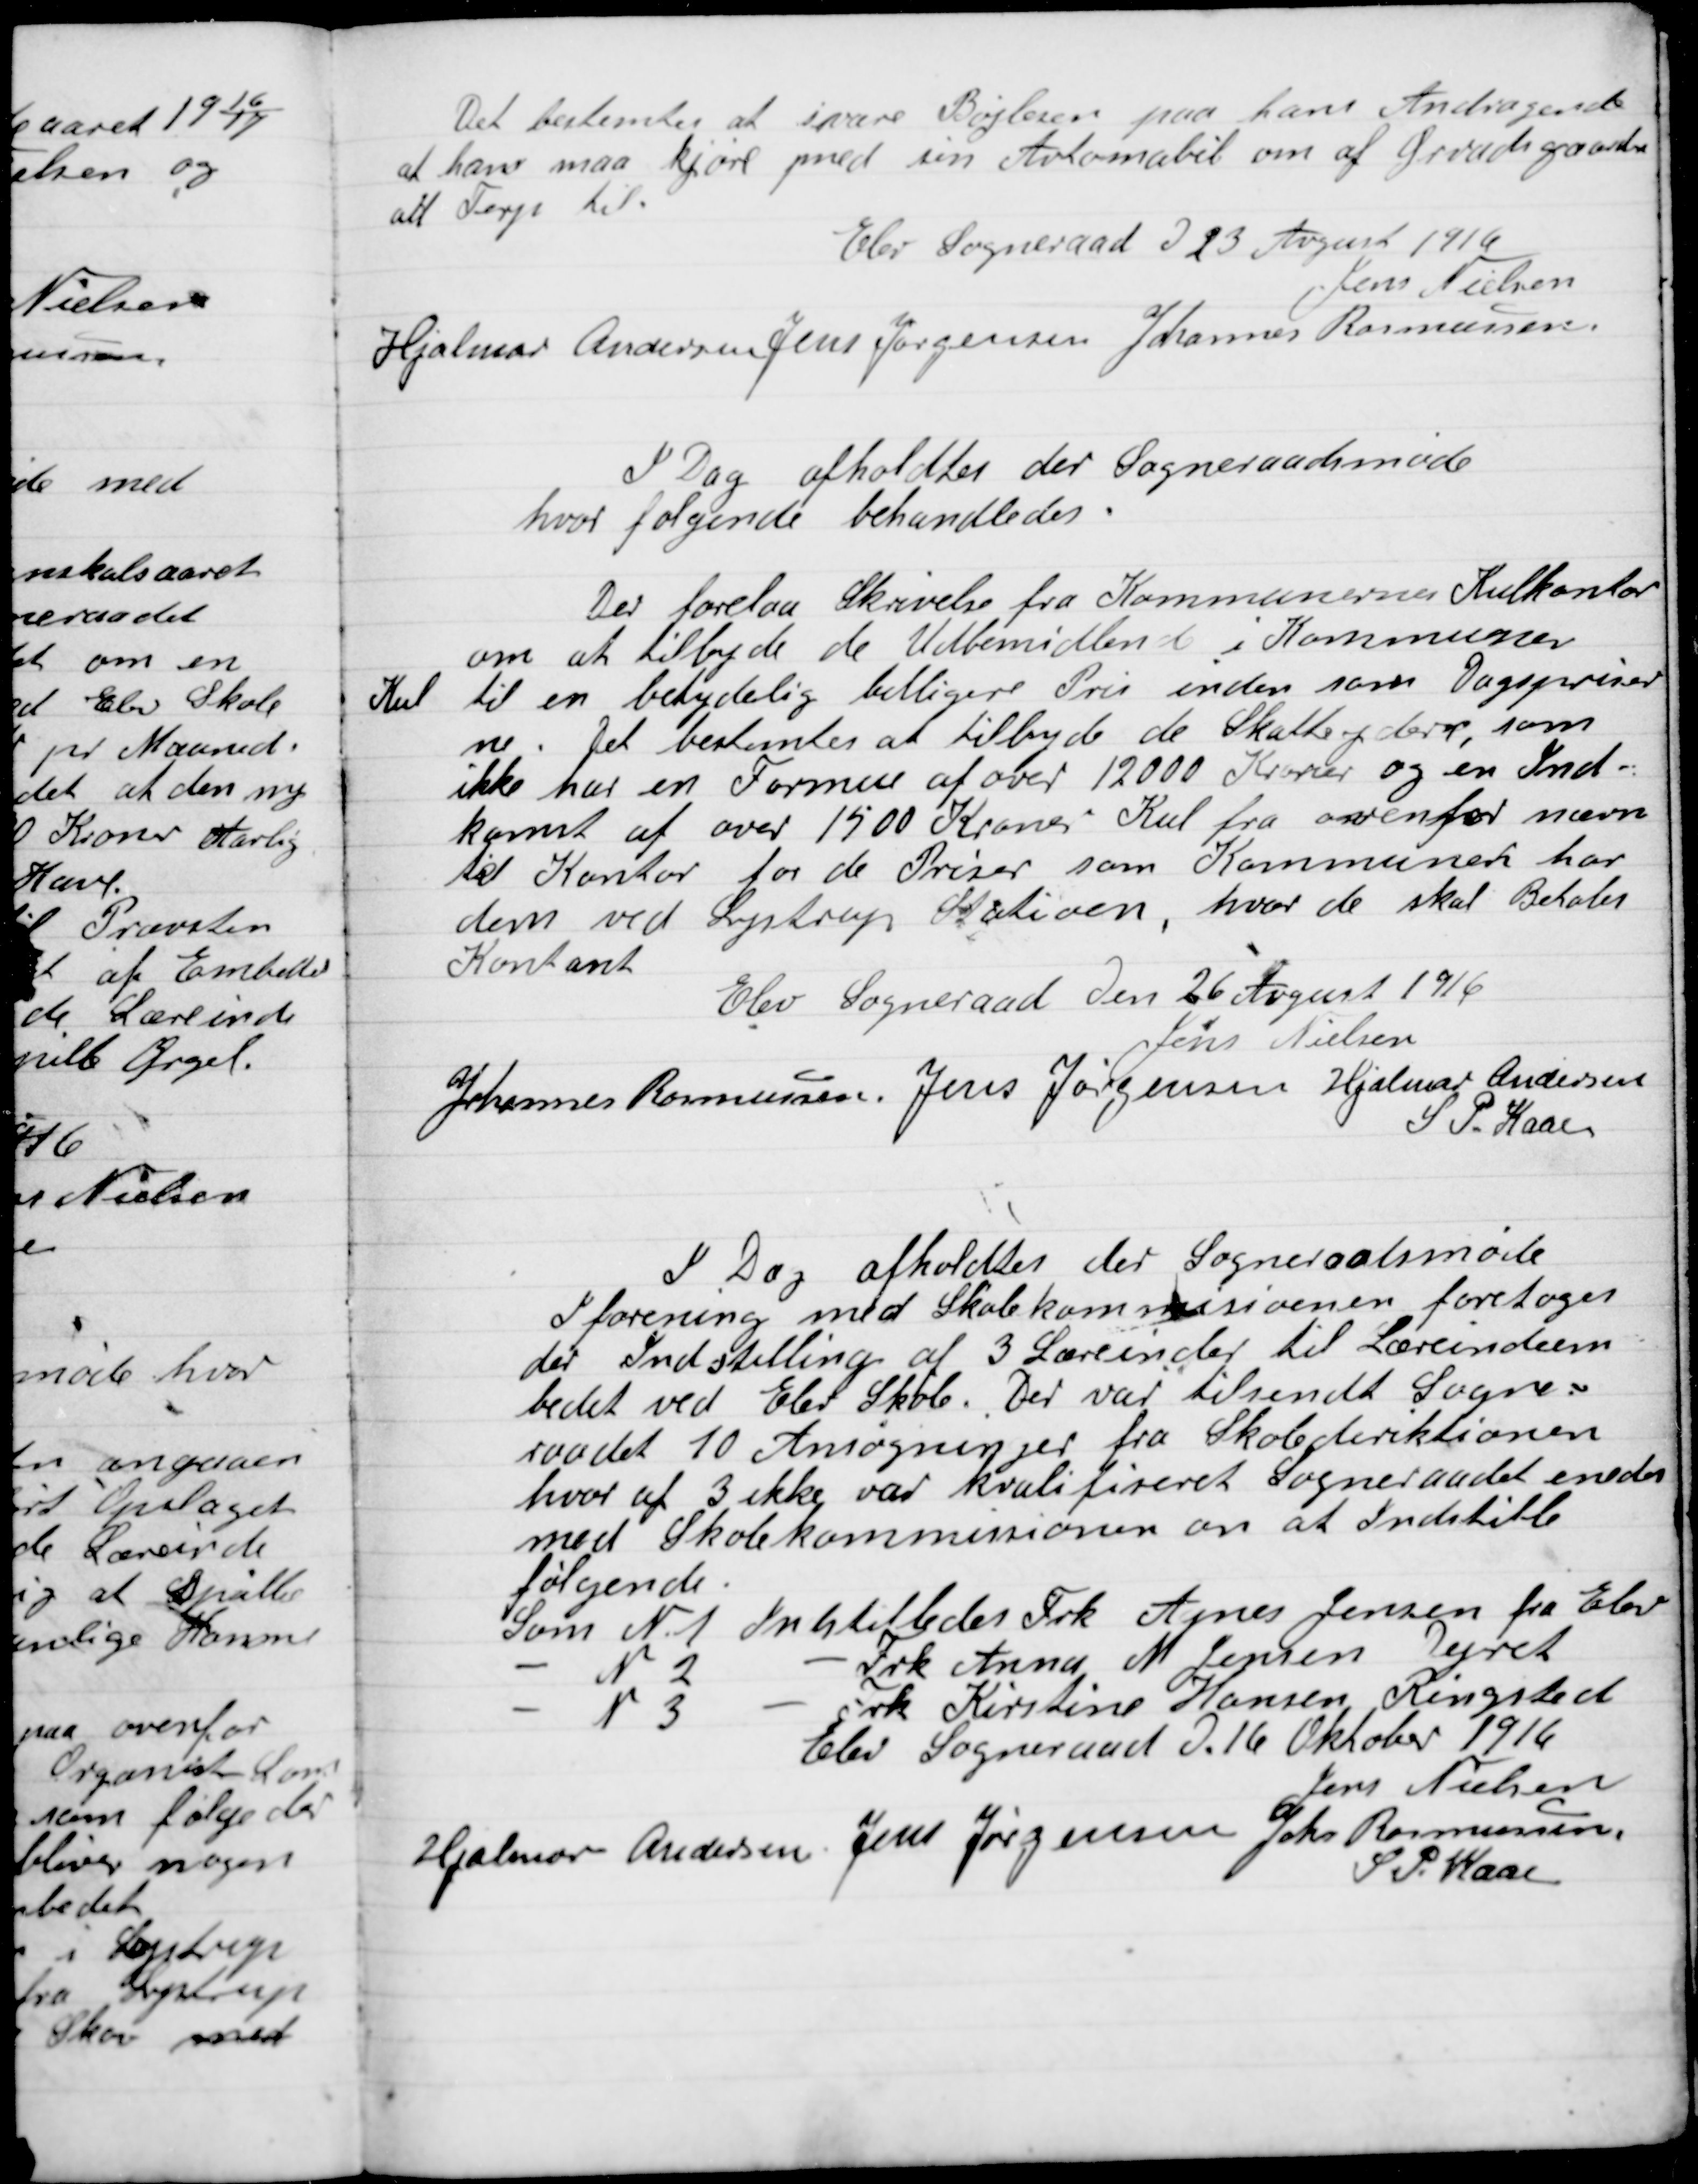
Transskription:
Det bestemtes at svare Bøjesen paa hans Andragende
at han maa kjøre med sin Automobil om af Grøndegaard
alt Terp til.

Elev Sogneraad D. 23 august 1916

Jens Nielsen
Hjalmar Andersen
Jens Jørgensen
Johannes Rasmussen.

I Dag afholdtes der Sogneraadsmøde
hvor følgende Behandledes.

Der forelaa Skrivelse fra Kommunens Kulkontor
om at tilbyde de Ubemidlede i Kommunen
Kul til en betydelig billigere Pris inden som dagspriser-
ne. Det bestemtes at tilbyde de Skatteydere, som
ikke har en Formue af over 12000 Kroner og en Ind-
komst af over 1500 Kroner Kul fra ovenfor nævn-
te  Kontor for de Prisen som Kommunen har
dem ved Lystrup Station hvor de skal Betales
Kontant.

Elev Sogneraad D. 26. August 1916

Jens Nielsen
Johannes Rasmussen
Jens Jørgensen
Hjalmar Andersen
S. P. Kaae

I Dag afholdtes der Sogneraadsmøde
I forening med Skolekommissionen foretoges
der Indstilling af 3 Lærerinder til Læreindem-
bedet ved Elev Skole. Der var tilsendt Sogne-
raadet 10 Ansøgninger fra Skoledirektionen
hvor af 3 ikke var Kvalificeret. Sogneraadet enedes
med Skolekommissionen om at Indstille
følgende:
Som Nr. 1. Indstilledes Frk. Agnes Jensen fra Elev
Som Nr. 2. Indstilledes Frk. Anna N. Jensen Dyret
Som Nr. 3. Indstilledes Frk. Kirstine Hansen, Ringsted

Elev Sogneraad D. 16 Oktober 1916

Jens Nielsen
Hjalmar Andersen
Jens Jørgensen
Johs, Rasmussen
S. P. Kaae.